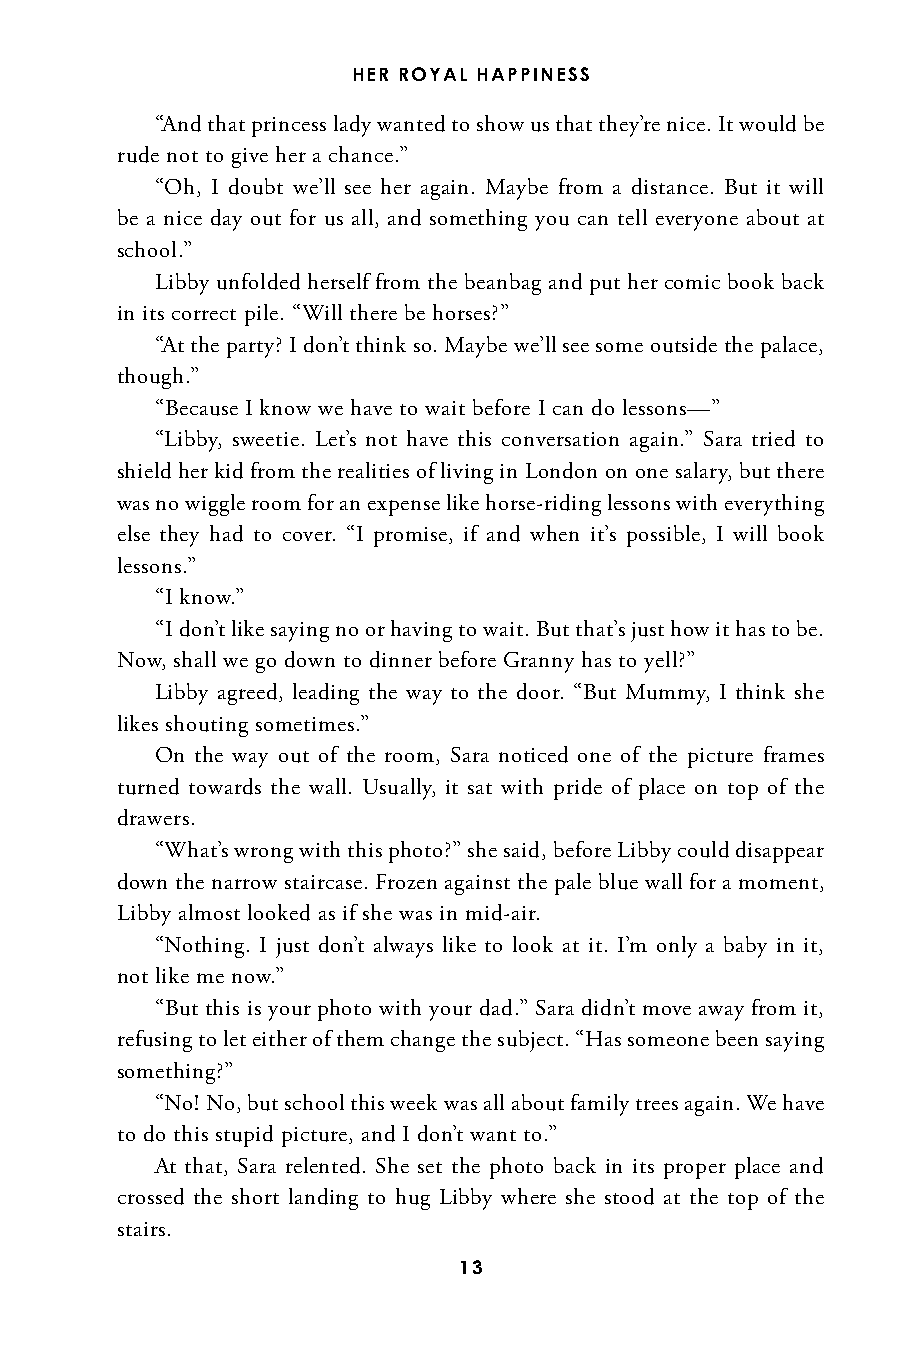
HER ROYAL HAPPINESS
 “And that princess lady wanted to show us that they’re nice. It would be
 rude not to give her a chance.”
 “Oh, I doubt we’ll see her again. Maybe from a distance. But it will
 be a nice day out for us all, and something you can tell everyone about at
 school.”
 Libby unfolded herself from the beanbag and put her comic book back
 in its correct pile. “Will there be horses?”
 “At the party? I don’t think so. Maybe we’ll see some outside the palace,
 though.”
 “Because I know we have to wait before I can do lessons—”
 “Libby, sweetie. Let’s not have this conversation again.” Sara tried to
 shield her kid from the realities of living in London on one salary, but there
 was no wiggle room for an expense like horse-riding lessons with everything
 else they had to cover. “I promise, if and when it’s possible, I will book
 lessons.”
 “I know.”
 “I don’t like saying no or having to wait. But that’s just how it has to be.
 Now, shall we go down to dinner before Granny has to yell?”
 Libby agreed, leading the way to the door. “But Mummy, I think she
 likes shouting sometimes.”
 On the way out of the room, Sara noticed one of the picture frames
 turned towards the wall. Usually, it sat with pride of place on top of the
 drawers.
 “What’s wrong with this photo?” she said, before Libby could disappear
 down the narrow staircase. Frozen against the pale blue wall for a moment,
 Libby almost looked as if she was in mid-air.
 “Nothing. I just don’t always like to look at it. I’m only a baby in it,
 not like me now.”
 “But this is your photo with your dad.” Sara didn’t move away from it,
 refusing to let either of them change the subject. “Has someone been saying
 something?”
 “No! No, but school this week was all about family trees again. We have
 to do this stupid picture, and I don’t want to.”
 At that, Sara relented. She set the photo back in its proper place and
 crossed the short landing to hug Libby where she stood at the top of the
 stairs.
 13